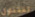
لنتناول